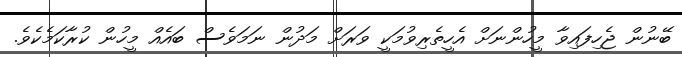
ބޭނުން ޖެހިފައިވާ މީހުންނަށް އެހީތެރިވުމަކީ ވަރަށް މަދުން ނަމަވެސް ބައެއް މީހުން ކުރާކަމެކެވެ.